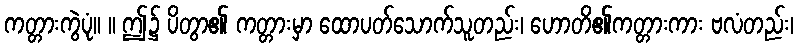
ကတ္တားကွဲပုံ။ ။ ဤ၌ ပိတွာ၏ ကတ္တားမှာ ထောပတ်သောက်သူတည်း၊ ဟောတိ၏ကတ္တားကား ဗလံတည်း၊